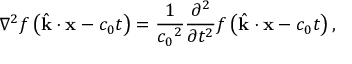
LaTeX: \nabla ^ { 2 } f \left( { \hat { \mathbf { k } } } \cdot \mathbf { x } - c _ { 0 } t \right) = { \frac { 1 } { { c _ { 0 } } ^ { 2 } } } { \frac { \partial ^ { 2 } } { \partial t ^ { 2 } } } f \left( { \hat { \mathbf { k } } } \cdot \mathbf { x } - c _ { 0 } t \right) ,